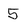
Character: 5